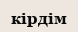
кірдім